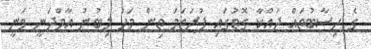
ގެ ހިސާބުތައް ދައްކާ ގޮތުގައި ފުރަތަމަ ތިން މަހު ލިބުނު އާމްދަނީ ވަނީ